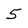
Character: 5